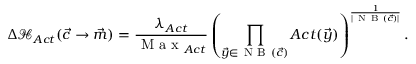
\Delta \mathcal { H } _ { A c t } ( \vec { c } \rightarrow \vec { m } ) = \frac { \lambda _ { A c t } } { \mathrm { ~ M ~ a ~ x ~ } _ { A c t } } \left( \prod _ { \vec { y } \in \mathrm { ~ N ~ B ~ } ( \vec { c } ) } A c t ( \vec { y } ) \right) ^ { \frac { 1 } { | \mathrm { ~ N ~ B ~ } ( \vec { c } ) | } } .